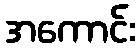
အကောင်း